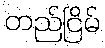
တည်ငြိမ်